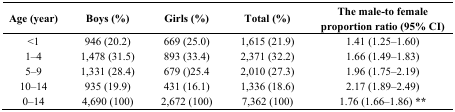
<table><thead><tr><td><b>Age (year)</b></td><td><b>Boys (%)</b></td><td><b>Girls (%)</b></td><td><b>Total (%)</b></td><td><b>The male-to female proportion ratio (95% CI)</b></td></tr></thead><tbody><tr><td>&lt;1</td><td>946 (20.2)</td><td>669 (25.0)</td><td>1,615 (21.9)</td><td>1.41 (1.25–1.60)</td></tr><tr><td>1–4</td><td>1,478 (31.5)</td><td>893 (33.4)</td><td>2,371 (32.2)</td><td>1.66 (1.49–1.83)</td></tr><tr><td>5–9</td><td>1,331 (28.4)</td><td>679 ()25.4</td><td>2,010 (27.3)</td><td>1.96 (1.75–2.19)</td></tr><tr><td>10–14</td><td>935 (19.9)</td><td>431 (16.1)</td><td>1,336 (18.6)</td><td>2.17 (1.89–2.49)</td></tr><tr><td>0–14</td><td>4,690 (100)</td><td>2,672 (100)</td><td>7,362 (100)</td><td>1.76 (1.66–1.86) **</td></tr></tbody></table>